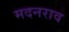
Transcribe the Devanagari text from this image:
मदनराव